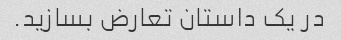
در یک داستان تعارض بسازید.